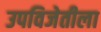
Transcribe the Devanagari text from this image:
उपविजेतीला